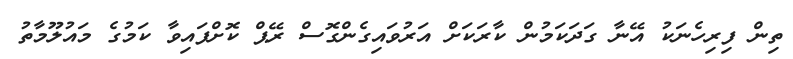
ތިން ފިރިހެނަކު އޭނާ ގަދަކަމުން ކާރަކަށް އަރުވައިގެންގޮސް ރޭޕް ކޮށްފައިވާ ކަމުގެ މައުލޫމާތު